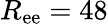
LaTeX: R_{\mathrm{ee}}=48